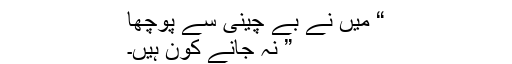
“ میں نے بے چینی سے پوچھا
” نہ جانے کون ہیں۔